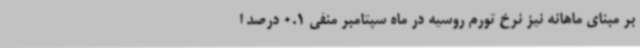
بر مبنای ماهانه نیز نرخ تورم روسیه در ماه سپتامبر منفی 0.1 درصد ا